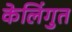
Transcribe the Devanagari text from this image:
केलिंगुत